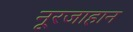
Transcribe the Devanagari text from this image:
नूरजाहान